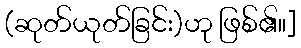
(ဆုတ်ယုတ်ခြင်း)ဟု ဖြစ်၏။]